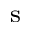
_ \mathrm { s }